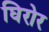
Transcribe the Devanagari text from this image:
घिरोर